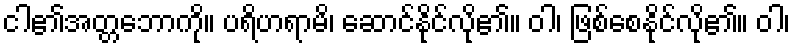
ငါ၏အတ္တဘောကို။ ပရိဟရာမိ၊ ဆောင်နိုင်လို၏။ ဝါ၊ ဖြစ်စေနိုင်လို၏။ ဝါ၊